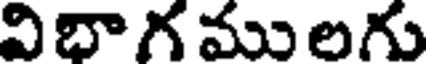
విభాగ ములగు